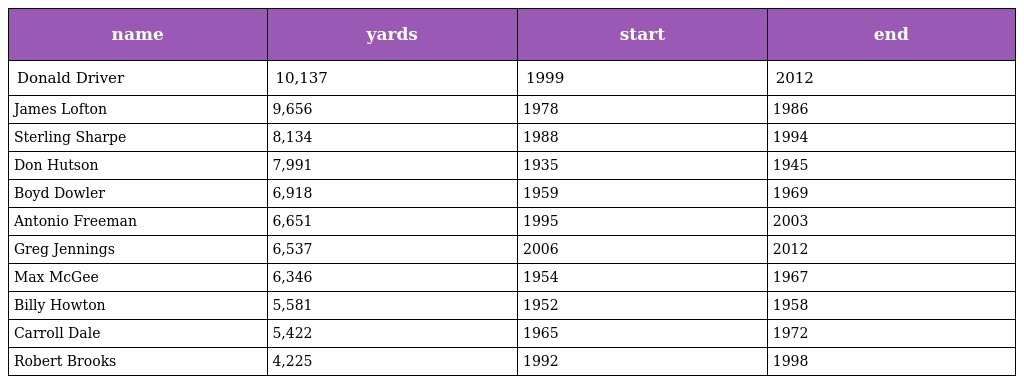
| name | yards | start | end |
 | --- | --- | --- | --- |
 | Donald Driver | 10,137 | 1999 | 2012 |
 | James Lofton | 9,656 | 1978 | 1986 |
 | Sterling Sharpe | 8,134 | 1988 | 1994 |
 | Don Hutson | 7,991 | 1935 | 1945 |
 | Boyd Dowler | 6,918 | 1959 | 1969 |
 | Antonio Freeman | 6,651 | 1995 | 2003 |
 | Greg Jennings | 6,537 | 2006 | 2012 |
 | Max McGee | 6,346 | 1954 | 1967 |
 | Billy Howton | 5,581 | 1952 | 1958 |
 | Carroll Dale | 5,422 | 1965 | 1972 |
 | Robert Brooks | 4,225 | 1992 | 1998 |